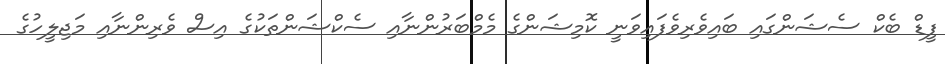
ފީޑް ބެކް ސެޝަންގައި ބައިވެރިވެފައިވަނީ ކޮމިޝަންގެ މެމްބަރުންނާއި ސެކްޝަންތަކުގެ އިސް ވެރިންނާއި މަޖިލީހުގެ